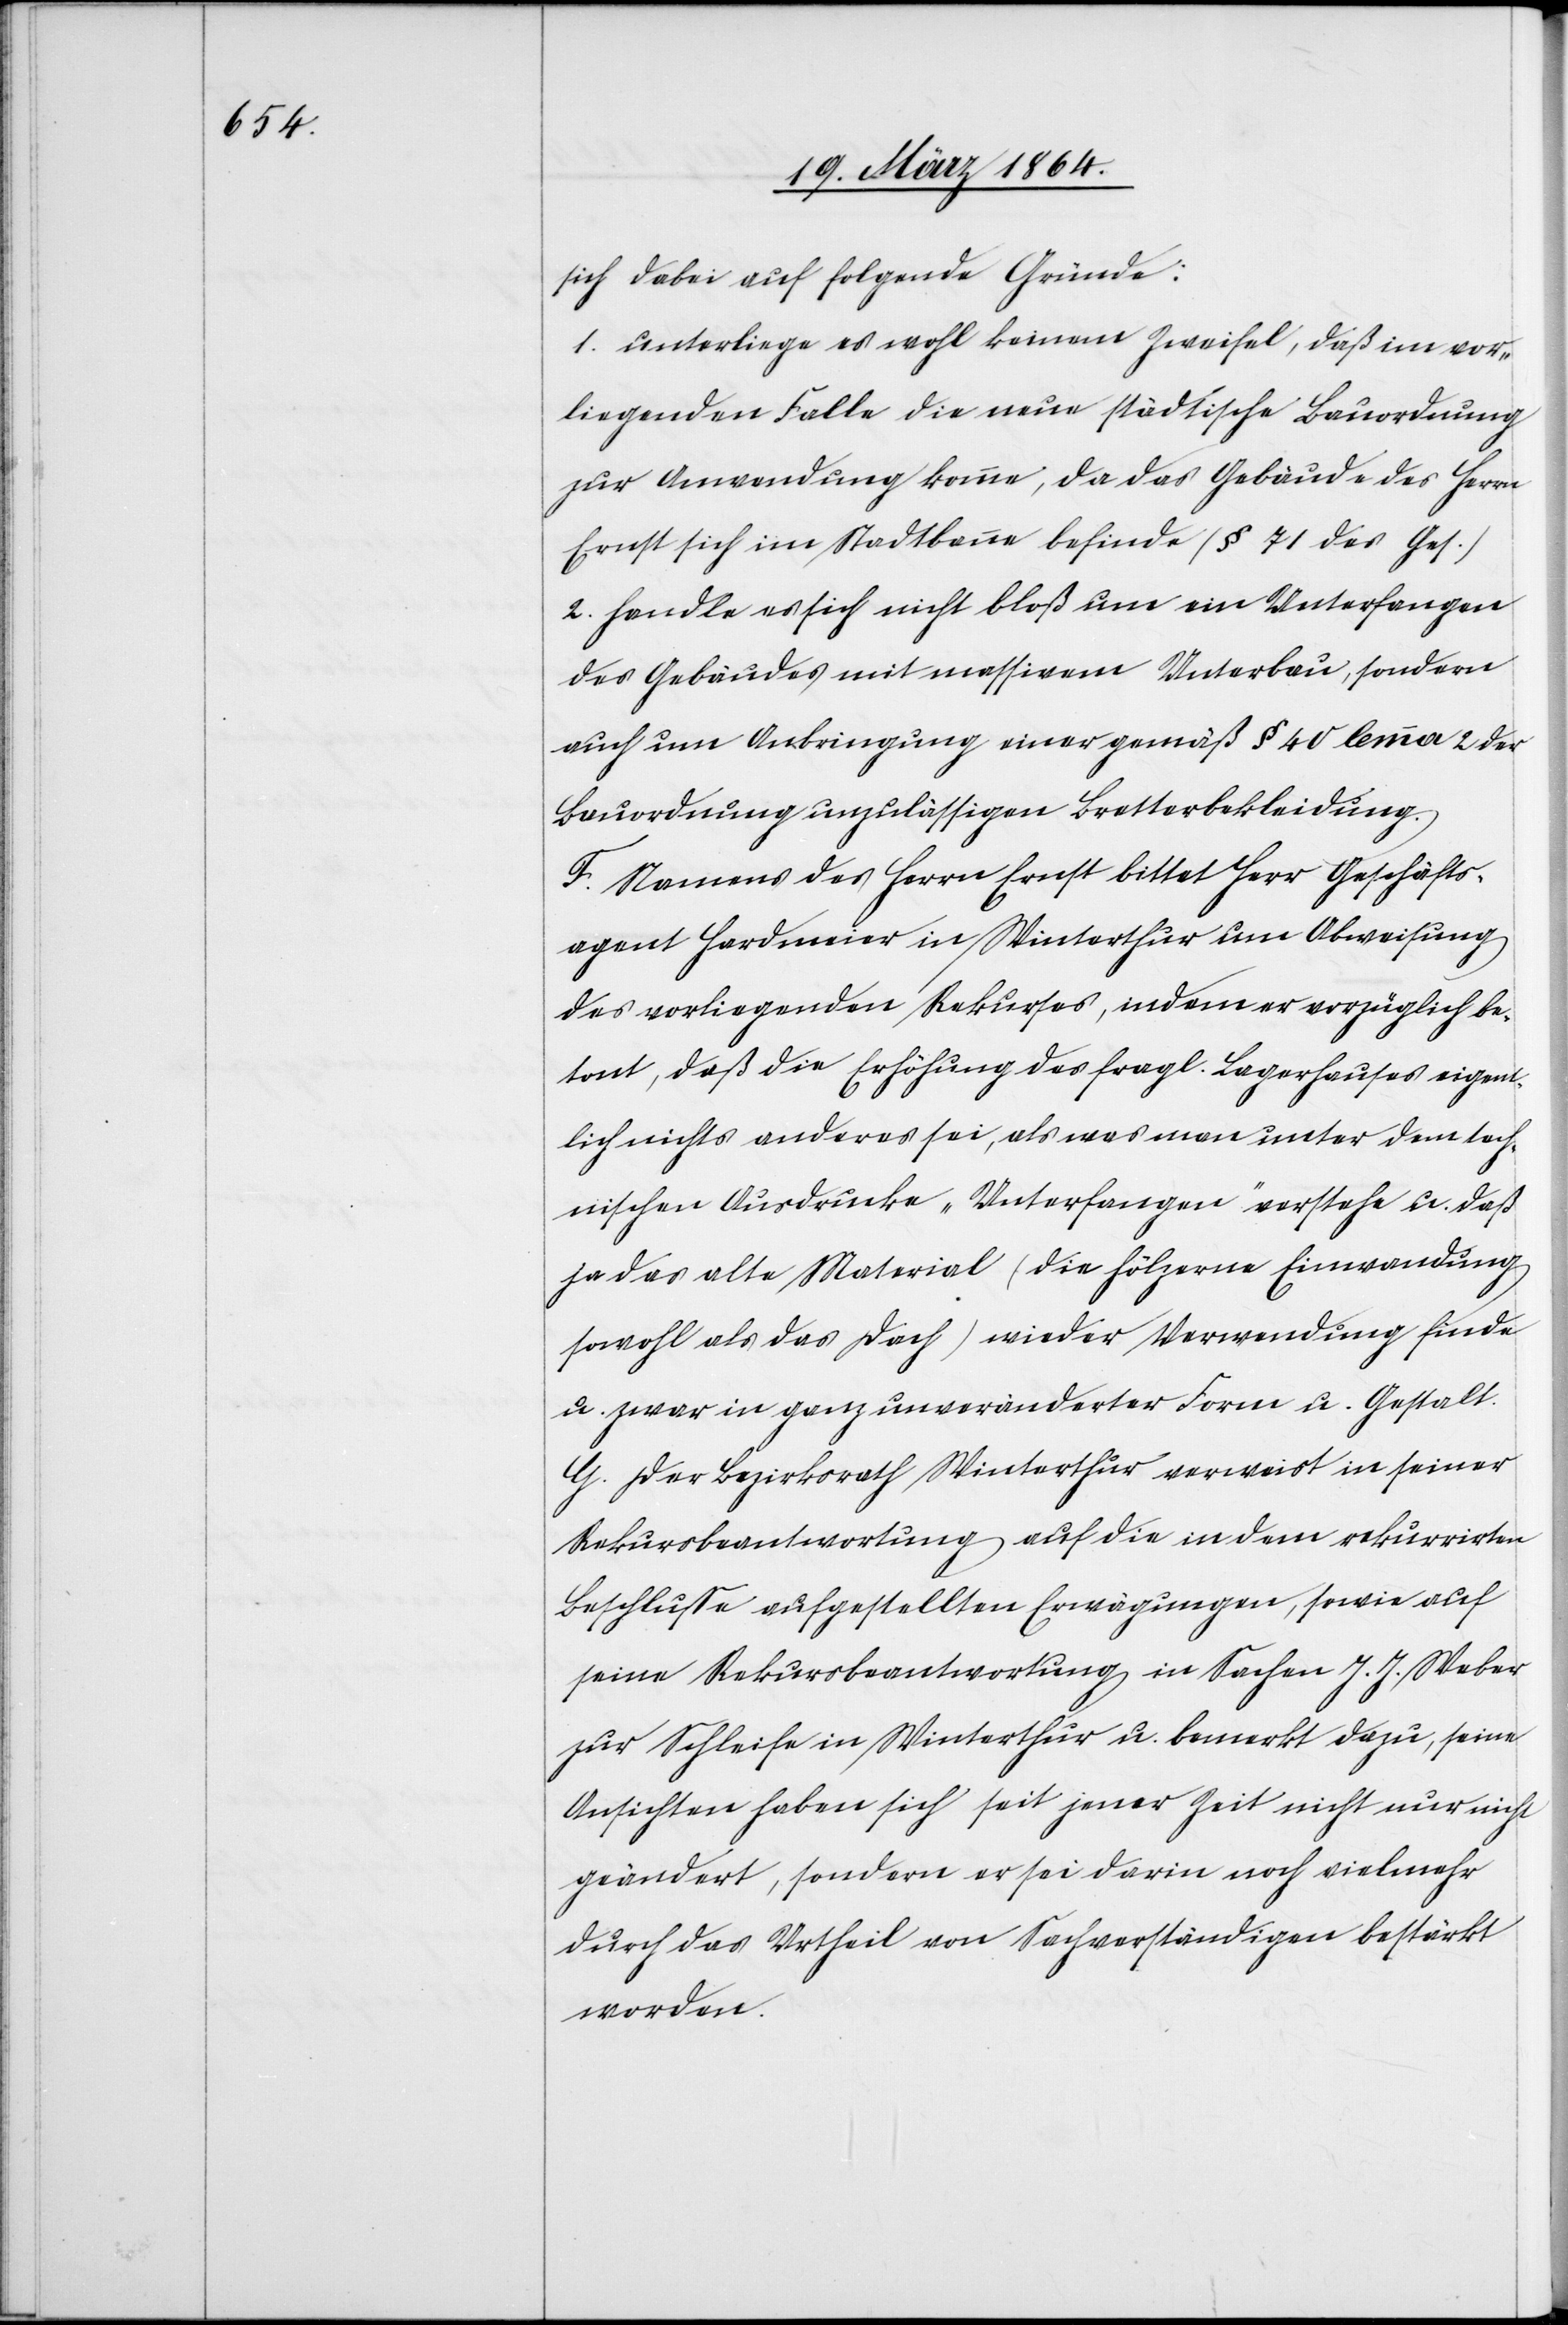
sich dabei auf folgende Gründe:
1. unterliege es wohl keinem Zweifel, daß im vor¬
liegenden Falle die neue städtische Bauordnung
zur Anwendung komme, da das Gebäude des Herrn
Ernst sich im Stadtbanne befinde (§ 71 des Ges.)
2. Handle es sich nicht bloß um ein Unterfangen
des Gebäudes mit massivem Unterbau, sondern
auch um Anbringung einer gemäß § 40 lemma 2 der
Bauordnung unzulässigen Bretterbekleidung.
F. Namens des Herrn Ernst bittet Herr Geschäfts¬
agent Hardmeier in Winterthur um Abweisung
des vorliegenden Rekurses, indem er vorzüglich be¬
tont, daß die Erhöhung des fragl. Lagerhauses eigent¬
lich nichts anderes sei, als was man unter dem tech¬
nischen Ausdrucke „Unterfangen“ verstehe u. daß
jedes alte Material (die hölzerne Einwandung
sowohl als das Dach) wieder Verwendung finde
u. zwar in ganz unveränderter Form u. Gestalt.
G. Der Bezirksrath Winterthur verweist in seiner
Rekursbeantwortung auf die in dem rekurrirten
Beschlusse aufgestellten Erwägungen, sowie auf
seine Rekursbeantwortung in Sachen J. J. Weber
zur Schleife in Winterthur u. bemerkt dazu, seine
Ansichten haben sich seit jener Zeit nicht nur nicht
geändert, sondern er sei darin noch vielmehr
durch das Urtheil von Sachverständigen bestärkt
worden.